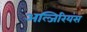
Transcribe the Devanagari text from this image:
अल्जिरियंस